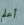
أعلم